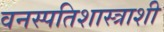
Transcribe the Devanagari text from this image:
वनस्पतिशास्त्राशी